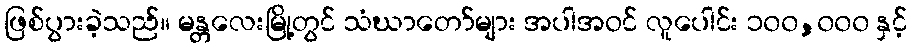
ဖြစ်ပွားခဲ့သည်။ မန္တလေးမြို့တွင် သံဃာတော်များ အပါအဝင် လူပေါင်း ၁၀၀,၀၀၀ နှင့်